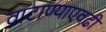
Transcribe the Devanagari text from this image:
वाटाण्याएवढी